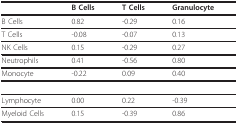
|  | B Cells | T Cells | Granulocyte |
 | --- | --- | --- | --- |
 | B Cells | 0.82 | -0.29 | 0.16 |
 | T Cells | -0.08 | -0.07 | 0.13 |
 | NK Cells | 0.15 | -0.29 | 0.27 |
 | Neutrophils | 0.41 | -0.56 | 0.80 |
 | Monocyte | -0.22 | 0.09 | 0.40 |
 | Lymphocyte | 0.00 | 0.22 | -0.39 |
 | Myeloid Cells | 0.15 | -0.39 | 0.86 |